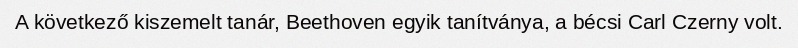
A következő kiszemelt tanár, Beethoven egyik tanítványa, a bécsi Carl Czerny volt.